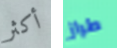
أكثر طراز